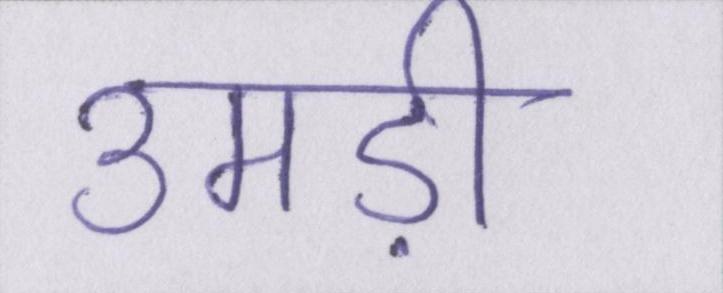
उमड़ी